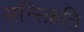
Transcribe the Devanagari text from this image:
सन्स्क्रिति